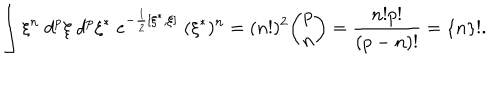
LaTeX: \int \xi ^ { n } \; d ^ { p } \xi \; d ^ { p } \xi ^ { * } \; e ^ { - \frac 1 2 [ \xi ^ { * } , \xi ] } \; ( \xi ^ { * } ) ^ { n } = ( n ! ) ^ { 2 } { \binom { p } { n } } = \frac { n ! p ! } { ( p - n ) ! } = \{ n \} ! .